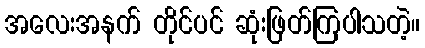
အလေးအနက် တိုင်ပင် ဆုံးဖြတ်ကြပါသတဲ့။